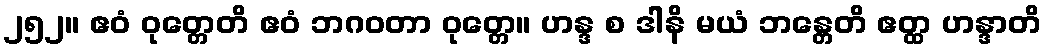
၂၅၂။ ဧဝံ ဝုတ္တေတိ ဧဝံ ဘဂဝတာ ဝုတ္တေ။ ဟန္ဒ စ ဒါနိ မယံ ဘန္တေတိ ဧတ္ထ ဟန္ဒာတိ